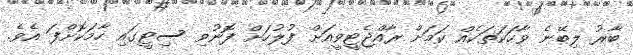
ބާރު ލިބޭނެ ވާހަކަަތަކެއް ކަމަށް ރާއްޖެޓީވީއަށް ފުލުހަށް ފޮނުވި ސިޓީގައި ހާމަކޮށްފަ އެވެ.